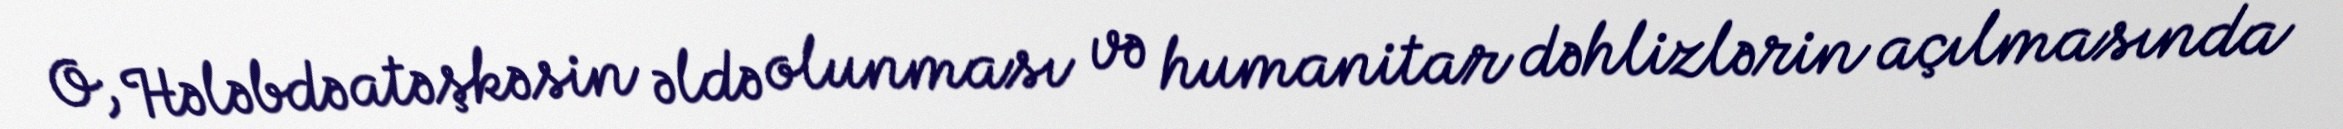
O, Hələbdə atəşkəsin əldə olunması və humanitar dəhlizlərin açılmasında